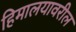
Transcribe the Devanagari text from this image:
हिमालयावरील